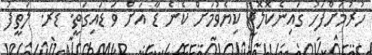
ހުރުމަށްފަހު ގައިނެކޮލޮޖީ ކިޔެވުމަށް ކެނެ ޑާ އަށް ވަ ޑައިގަތީ. ޑރ. ލަތީފު